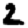
Digit: 2